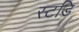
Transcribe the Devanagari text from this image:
स्टडि